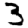
Digit: 3